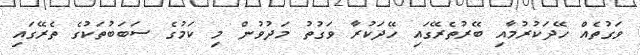
ވަގުތެއް ހޭދަކުރުމާއި ބޭރުތެރޭގައި ހޭދަކުރާ ވަގުތު މަދުވުން މި ކަމުގެ ސަބަބުތަކުގެ ތެރޭގައި